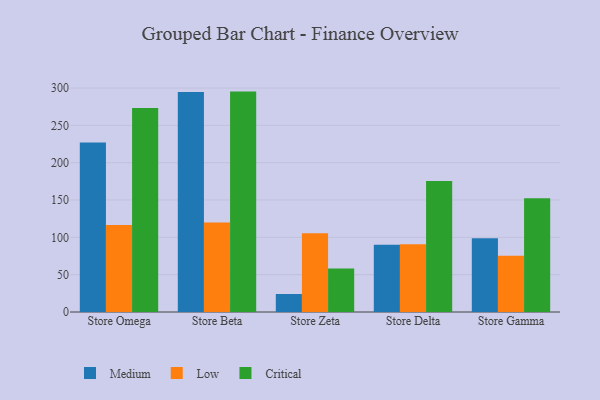
{"axis": {"x": "Store", "y": "Backlog"}, "legend": ["Critical", "Low", "Medium"], "data": [{"x": "Store Omega", "y": 226.9, "type": "Medium"}, {"x": "Store Omega", "y": 116.4, "type": "Low"}, {"x": "Store Omega", "y": 273.4, "type": "Critical"}, {"x": "Store Beta", "y": 294.7, "type": "Medium"}, {"x": "Store Beta", "y": 119.8, "type": "Low"}, {"x": "Store Beta", "y": 295.2, "type": "Critical"}, {"x": "Store Zeta", "y": 24.1, "type": "Medium"}, {"x": "Store Zeta", "y": 105.5, "type": "Low"}, {"x": "Store Zeta", "y": 58.3, "type": "Critical"}, {"x": "Store Delta", "y": 90.2, "type": "Medium"}, {"x": "Store Delta", "y": 90.6, "type": "Low"}, {"x": "Store Delta", "y": 175.3, "type": "Critical"}, {"x": "Store Gamma", "y": 98.9, "type": "Medium"}, {"x": "Store Gamma", "y": 75.4, "type": "Low"}, {"x": "Store Gamma", "y": 152.2, "type": "Critical"}]}